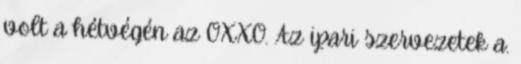
volt a hétvégén az OXXO. Az ipari szervezetek a.